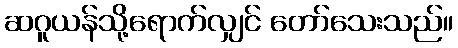
ဆဂူယန်သို့ရောက်လျှင် တော်သေးသည်။